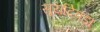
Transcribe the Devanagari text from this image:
सूर्यादेवड़ा